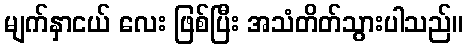
မျက်နှာငယ် လေး ဖြစ်ပြီး အသံတိတ်သွားပါသည်။